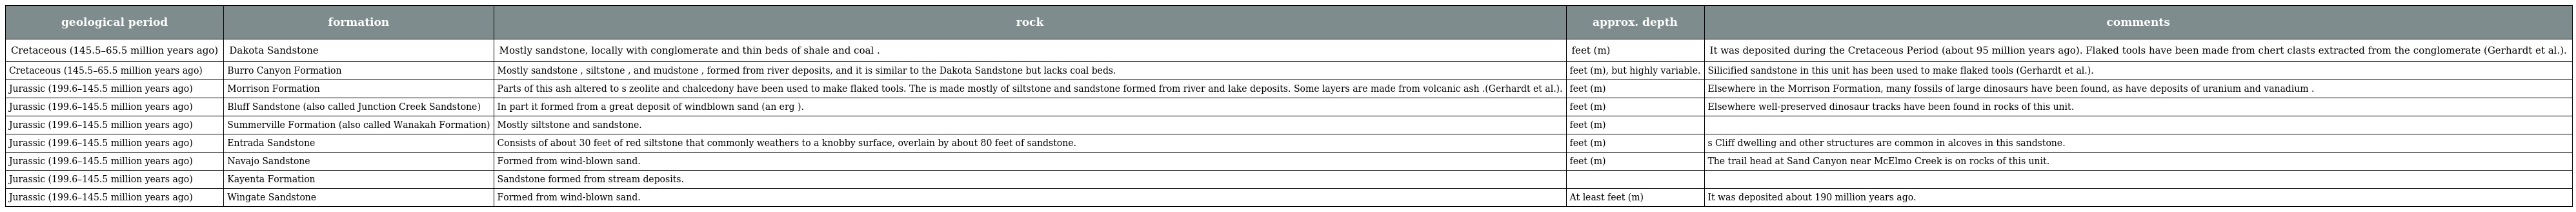
| geological period | formation | rock | approx. depth | comments |
 | --- | --- | --- | --- | --- |
 | Cretaceous (145.5–65.5 million years ago) | Dakota Sandstone | Mostly sandstone, locally with conglomerate and thin beds of shale and coal . | feet (m) | It was deposited during the Cretaceous Period (about 95 million years ago). Flaked tools have been made from chert clasts extracted from the conglomerate (Gerhardt et al.). |
 | Cretaceous (145.5–65.5 million years ago) | Burro Canyon Formation | Mostly sandstone , siltstone , and mudstone , formed from river deposits, and it is similar to the Dakota Sandstone but lacks coal beds. | feet (m), but highly variable. | Silicified sandstone in this unit has been used to make flaked tools (Gerhardt et al.). |
 | Jurassic (199.6–145.5 million years ago) | Morrison Formation | Parts of this ash altered to s zeolite and chalcedony have been used to make flaked tools. The is made mostly of siltstone and sandstone formed from river and lake deposits. Some layers are made from volcanic ash .(Gerhardt et al.). | feet (m) | Elsewhere in the Morrison Formation, many fossils of large dinosaurs have been found, as have deposits of uranium and vanadium . |
 | Jurassic (199.6–145.5 million years ago) | Bluff Sandstone (also called Junction Creek Sandstone) | In part it formed from a great deposit of windblown sand (an erg ). | feet (m) | Elsewhere well-preserved dinosaur tracks have been found in rocks of this unit. |
 | Jurassic (199.6–145.5 million years ago) | Summerville Formation (also called Wanakah Formation) | Mostly siltstone and sandstone. | feet (m) |  |
 | Jurassic (199.6–145.5 million years ago) | Entrada Sandstone | Consists of about 30 feet of red siltstone that commonly weathers to a knobby surface, overlain by about 80 feet of sandstone. | feet (m) | s Cliff dwelling and other structures are common in alcoves in this sandstone. |
 | Jurassic (199.6–145.5 million years ago) | Navajo Sandstone | Formed from wind-blown sand. | feet (m) | The trail head at Sand Canyon near McElmo Creek is on rocks of this unit. |
 | Jurassic (199.6–145.5 million years ago) | Kayenta Formation | Sandstone formed from stream deposits. |  |  |
 | Jurassic (199.6–145.5 million years ago) | Wingate Sandstone | Formed from wind-blown sand. | At least feet (m) | It was deposited about 190 million years ago. |